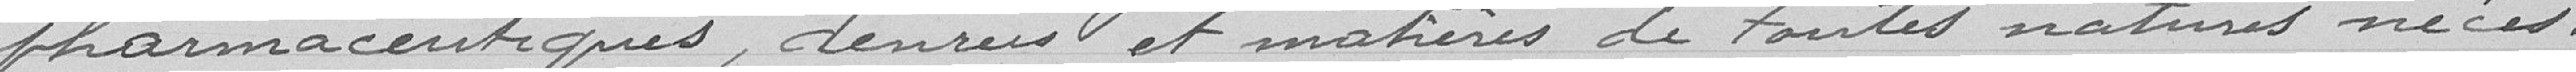
pharmaceutiques, denrées et matières de toutes natures néces-